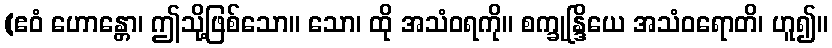
(ဧဝံ ဟောန္တော၊ ဤသို့ဖြစ်သော။ သော၊ ထို အသံဝရကို။ စက္ခုန္ဒြိယေ အသံဝရောတိ၊ ဟူ၍။